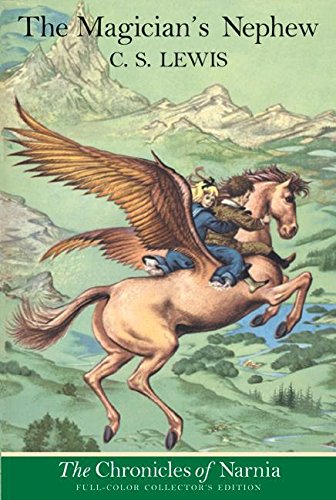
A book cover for The Magician's Nephew, Collector's Edition (The Chronicles of Narnia); C. S. Lewis; Christian Books & Bibles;